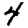
Digit: 4